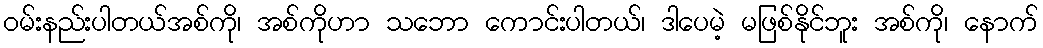
ဝမ်းနည်းပါတယ်အစ်ကို၊ အစ်ကိုဟာ သဘော ကောင်းပါတယ်၊ ဒါပေမဲ့ မဖြစ်နိုင်ဘူး အစ်ကို၊ နောက်